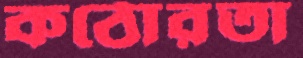
কঠোরতা